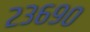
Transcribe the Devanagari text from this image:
२३६९०